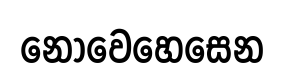
නොවෙහෙසෙන